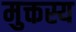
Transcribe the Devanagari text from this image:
मुक्तस्य